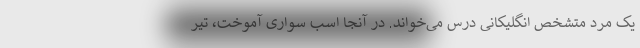
یک مرد متشخص انگلیکانی درس می‌خواند. در آنجا اسب سواری آموخت، تیر